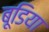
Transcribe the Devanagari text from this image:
बूडिया